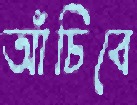
আঁচিবে